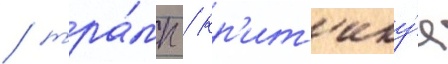
/ тра́мп / кр'ит'ику́я